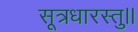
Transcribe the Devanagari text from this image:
सूत्रधारस्तु।।